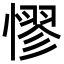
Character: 憀